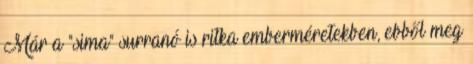
Már a "sima" surranó is ritka emberméretekben, ebből meg